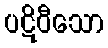
ပဋိဝီသော